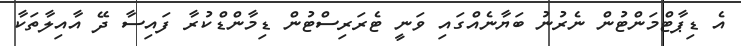
އެ ޑިޕާޓްމަންޓުން ނެރުނު ބަޔާނެއްގައި ވަނީ ޓެރަރިސްޓުން ޑިމާންޑްކުރާ ފައިސާ ދޭ އާއިލާތަކާ